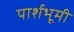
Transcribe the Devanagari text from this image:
पार्शभूमी